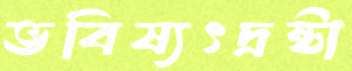
ভবিষ্যৎদ্রষ্টা